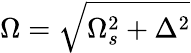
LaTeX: \Omega=\sqrt{\Omega_{s}^{2}+\Delta^{2}}